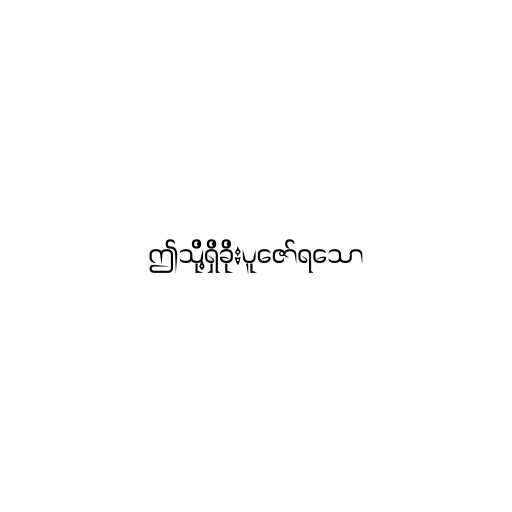
ဤသို့ရှိခိုးပူဇော်ရသော